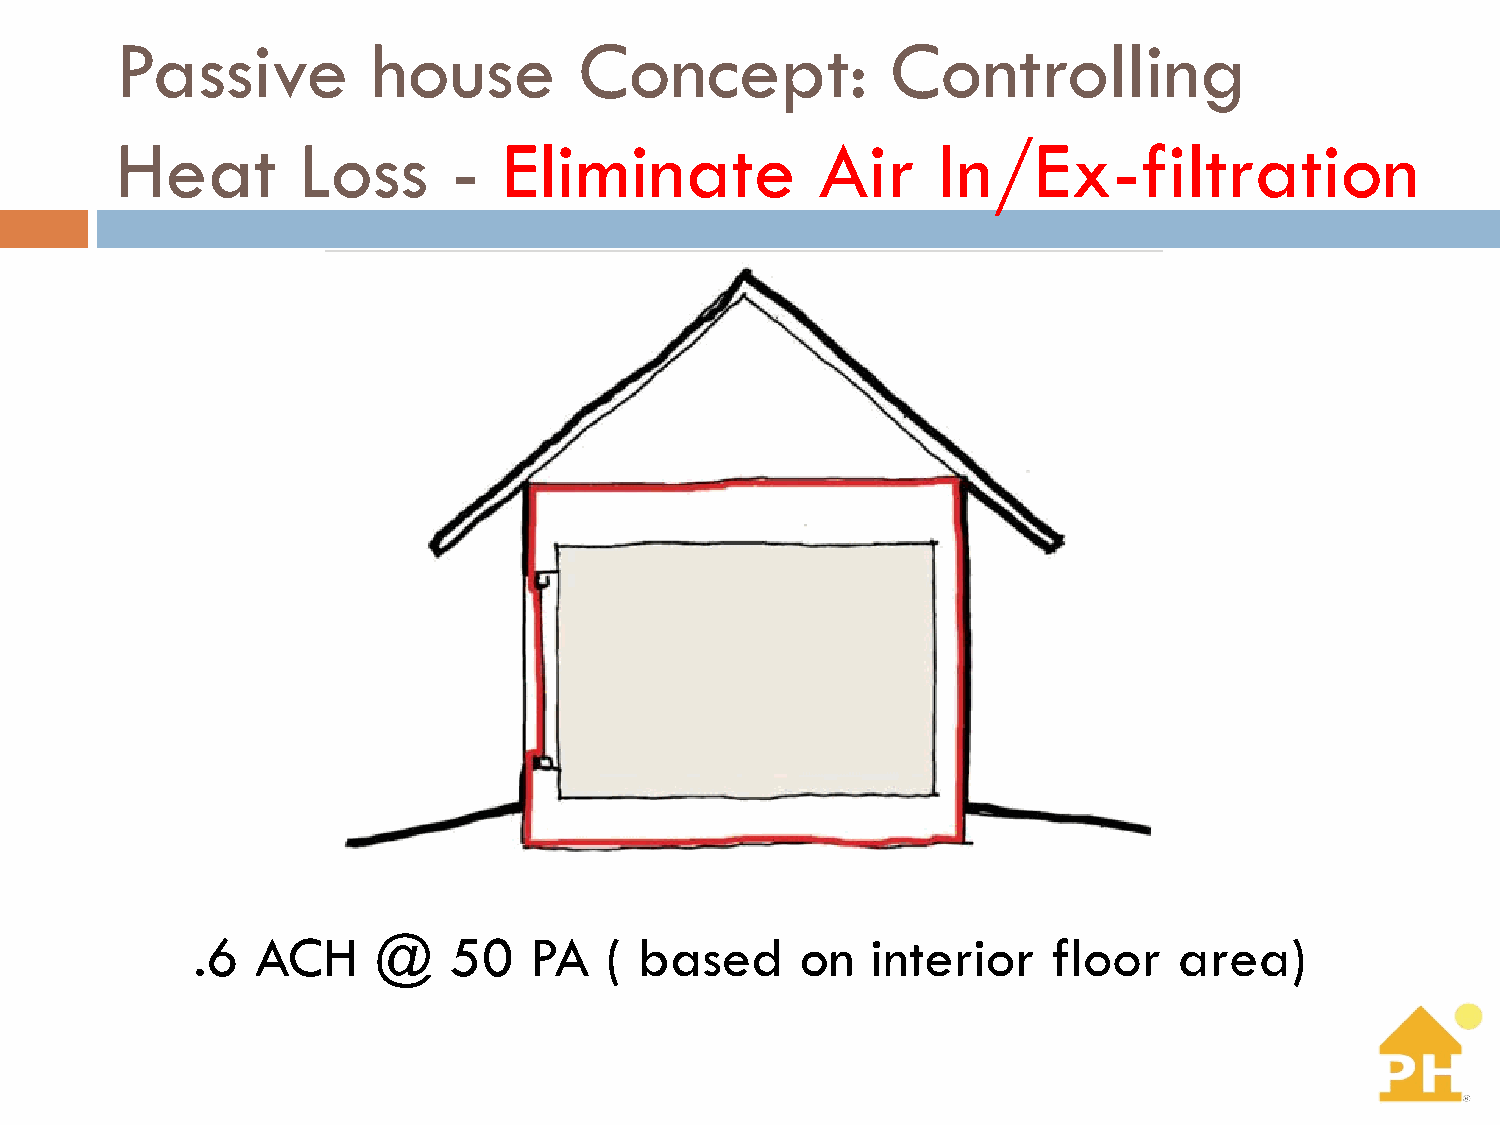
Passive          house        Concept:             Controlling
 Heat        Loss      -  Eliminate            Air     In/Ex-filtration
 .6  ACH     @    50   PA   ( based      on   interior    floor   area)